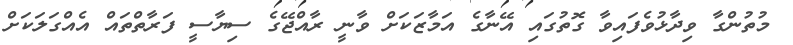
މުތުންގާ ވިދާޅުވެފައިވާ ގޮތުގައި އޭނާގެ އަމާޒަކަށް ވާނީ ރާއްޖޭގެ ސިޔާސީ ފަރާތްތައް އެއްގަލަކަށް